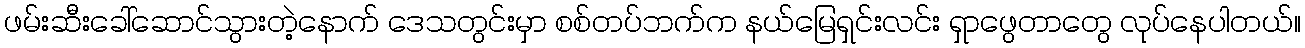
ဖမ်းဆီးခေါ်ဆောင်သွားတဲ့နောက် ဒေသတွင်းမှာ စစ်တပ်ဘက်က နယ်မြေရှင်းလင်း ရှာဖွေတာတွေ လုပ်နေပါတယ်။